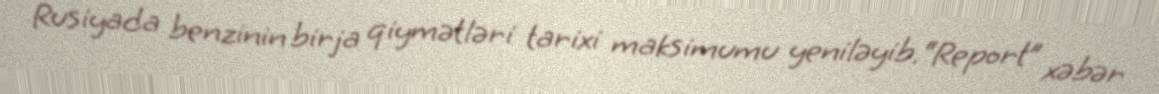
Rusiyada benzinin birja qiymətləri tarixi maksimumu yeniləyib.“Report” xəbər